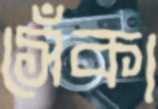
সেঁকা